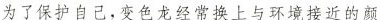
为了保护自己，变色龙经常换上与环境接近的颜